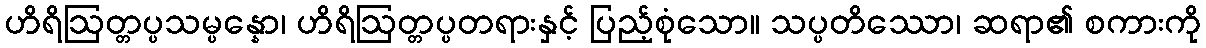
ဟိရိဩတ္တပ္ပသမ္ပန္နော၊ ဟိရိဩတ္တပ္ပတရားနှင့် ပြည့်စုံသော။ သပ္ပတိဿော၊ ဆရာ၏ စကားကို